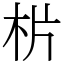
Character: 㭊